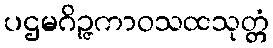
ပဌမဂိဉ္ဇကာဝသထသုတ္တံ